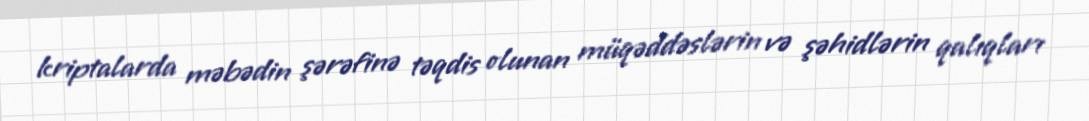
kriptalarda məbədin şərəfinə təqdis olunan müqəddəslərin və şəhidlərin qalıqları